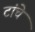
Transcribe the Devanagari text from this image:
टांचे